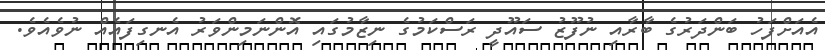
އެއަށްފަހު ބަންދަރުގެ ބާރާއި ނުފޫޒު ސައޫދީ ރަސްކަމުގެ ނިޒާމުގައި އޮންނަމިންވަރު އެނގިފައެއް ނުވެއެވެ.